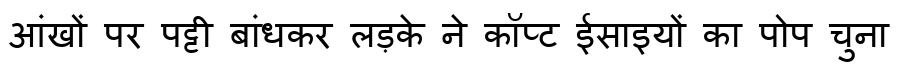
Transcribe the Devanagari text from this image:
आंखों पर पट्टी बांधकर लड़के ने कॉप्ट ईसाइयों का पोप चुना